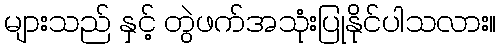
များသည် နှင့် တွဲဖက်အသုံးပြုနိုင်ပါသလား။